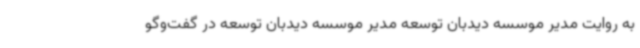
به روایت مدیر موسسه دیدبان توسعه مدیر موسسه دیدبان توسعه در گفت‌وگو